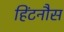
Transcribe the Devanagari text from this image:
हिंटनौस